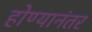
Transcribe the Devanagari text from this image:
होण्यानंतर